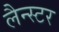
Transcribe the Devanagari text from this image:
लैन्स्टर